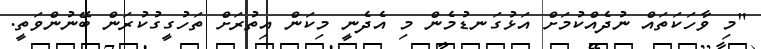
"މި ވާހަކަތައް ނުދެއްކުމަށް އަޅުގަނޑުމެން މި އެދެނީ މިކަން އިތުރަށް ތަހުގީގުކުރަން ބޭނުންވަތީ.